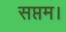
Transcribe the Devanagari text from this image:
सप्तम।